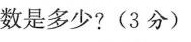
数是多少?(3分)